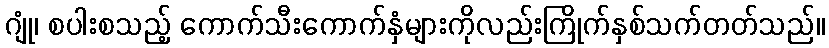
ဂျုံ၊ စပါးစသည့် ကောက်သီးကောက်နှံများကိုလည်းကြိုက်နှစ်သက်တတ်သည်။